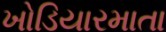
ખોડિયારમાતા